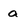
Character: a